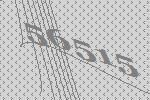
56515